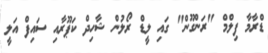
ޑްރާމާ ފިލްމް "ރަންގޫން" ގައި ލީޑް ރޯލުން ޝާހިދް ކަޕޫރާއި ސައިފް އަލީ